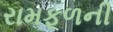
રામફળની